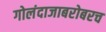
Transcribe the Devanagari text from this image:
गोलंदाजाबरोबरच